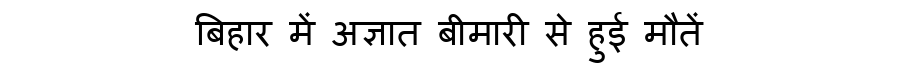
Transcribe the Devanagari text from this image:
बिहार में अज्ञात बीमारी से हुई मौतें